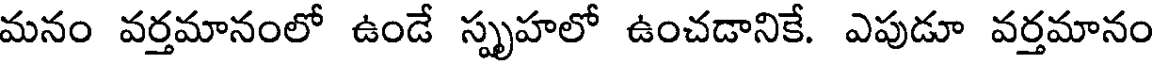
మనం వర్తమానంలో ఉండే స్పృహలో ఉంచడానికే. ఎపుడూ వర్తమానం